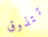
تتذوق